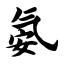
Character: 氨